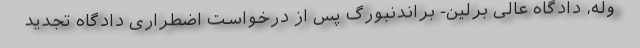
وله، دادگاه عالی برلین- براندنبورگ پس از درخواست اضطراری دادگاه تجدید